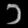
Digit: ၁